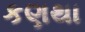
કણથા